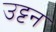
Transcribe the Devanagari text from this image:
उट्टन